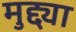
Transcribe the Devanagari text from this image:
मुद्द्या